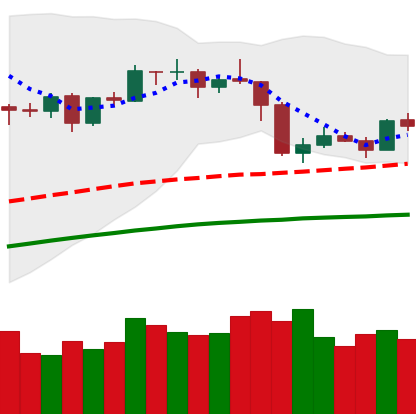
Ticker: ETH-USD
Chart end date: 2019-05-01
Forward return: 7.359%
Label: up_7plus